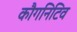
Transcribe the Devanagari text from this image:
कौगनिटिव